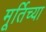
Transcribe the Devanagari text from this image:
मूर्तिच्या